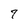
Character: 7